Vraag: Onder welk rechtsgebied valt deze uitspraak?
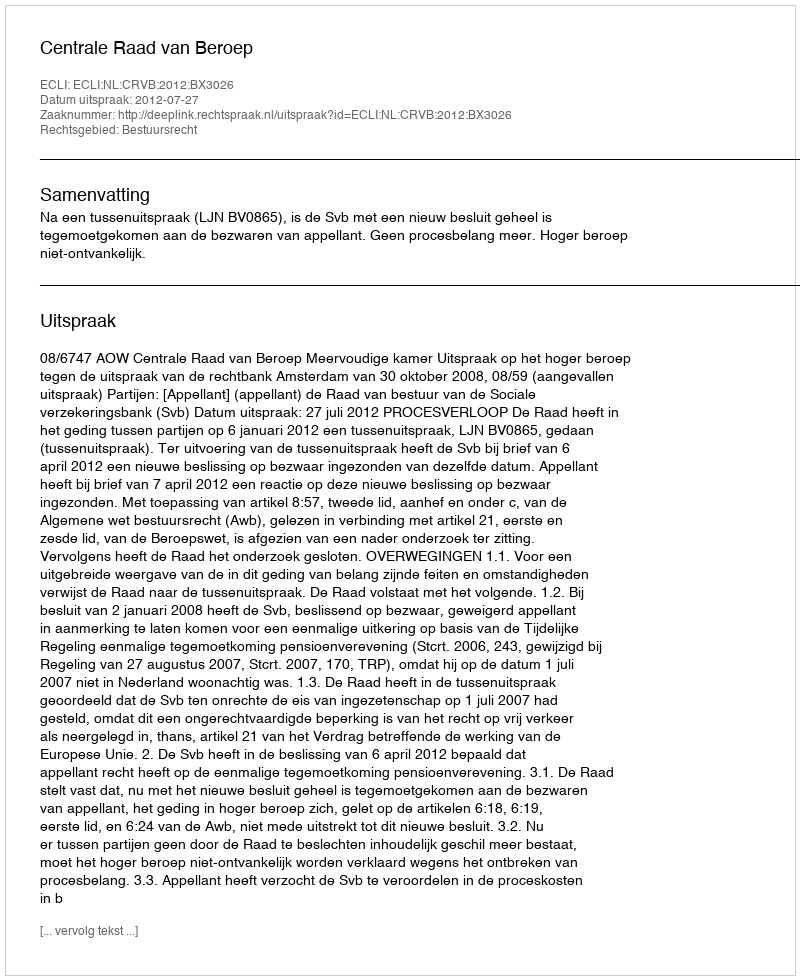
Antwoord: Bestuursrecht